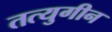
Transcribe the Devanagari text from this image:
तत्युगीन